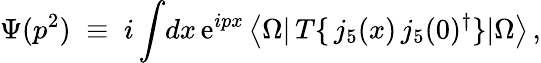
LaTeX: \Psi(p^{2})\; \equiv\; i\int\! dx\, \mathrm{e}^{ipx}\, \big<\Omega\vert\, T\{ \, j_{5}(x)\, j_{5}(0)^{\dagger}\} \vert\Omega\big>\, ,